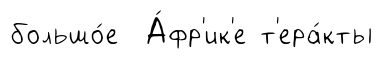
большо́е А́фр'ик'е т'ера́кты